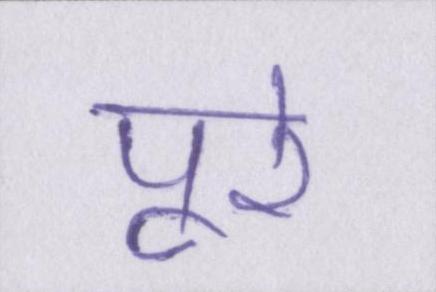
पूरे